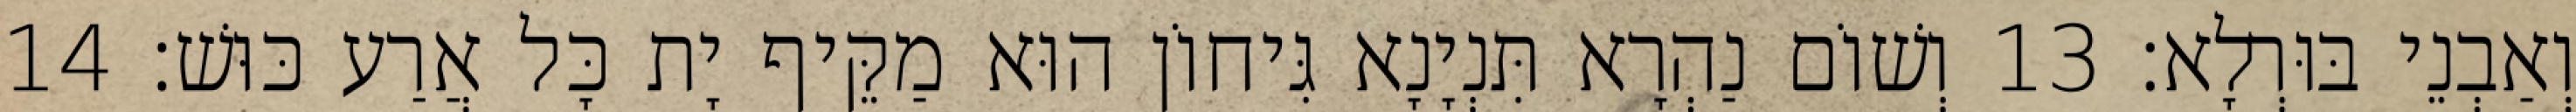
וְאַבְנֵי בּוּרְלָא׃ 13 וְשׁוֹם נַהְרָא תִּנְיָנָא גִּיחוֹן הוּא מַקֵּיף יָת כָּל אֲרַע כּוּשׁ׃ 14